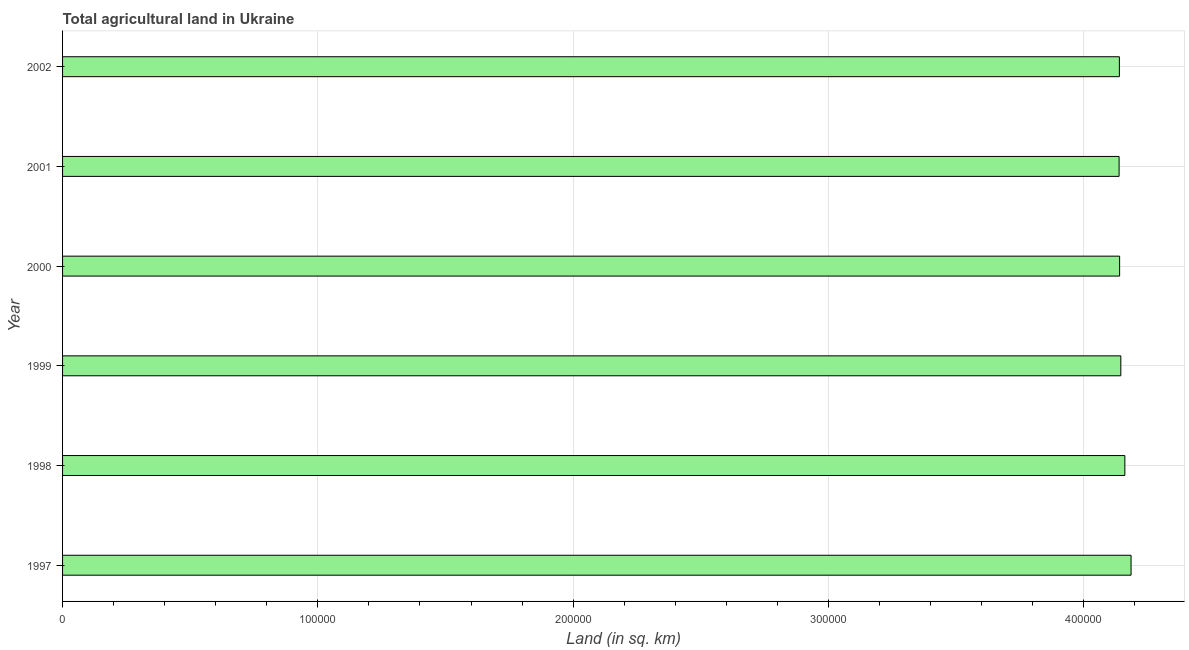
| Year | Agricultural land (sq. km) |
 | --- | --- |
 | 1997 | 4.19e+05 |
 | 1998 | 4.16e+05 |
 | 1999 | 4.15e+05 |
 | 2000 | 4.14e+05 |
 | 2001 | 4.14e+05 |
 | 2002 | 4.14e+05 |